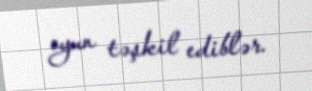
oyun təşkil ediblər.